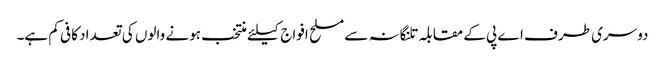
دوسری طرف اے پی کے مقابلہ تلنگانہ سے مسلح افواج کیلئے منتخب ہونے والوں کی تعداد کافی کم ہے۔